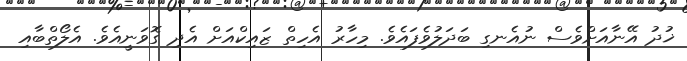
ޚުދު އޭނާއަށްވެސް ނުއެނގި ބަދަލުވެފައެވެ. މިހާރު އެހިތް ޒައިކްއަށް އެދި ގޮވަނީއެވެ. އެލޯތްބާއި